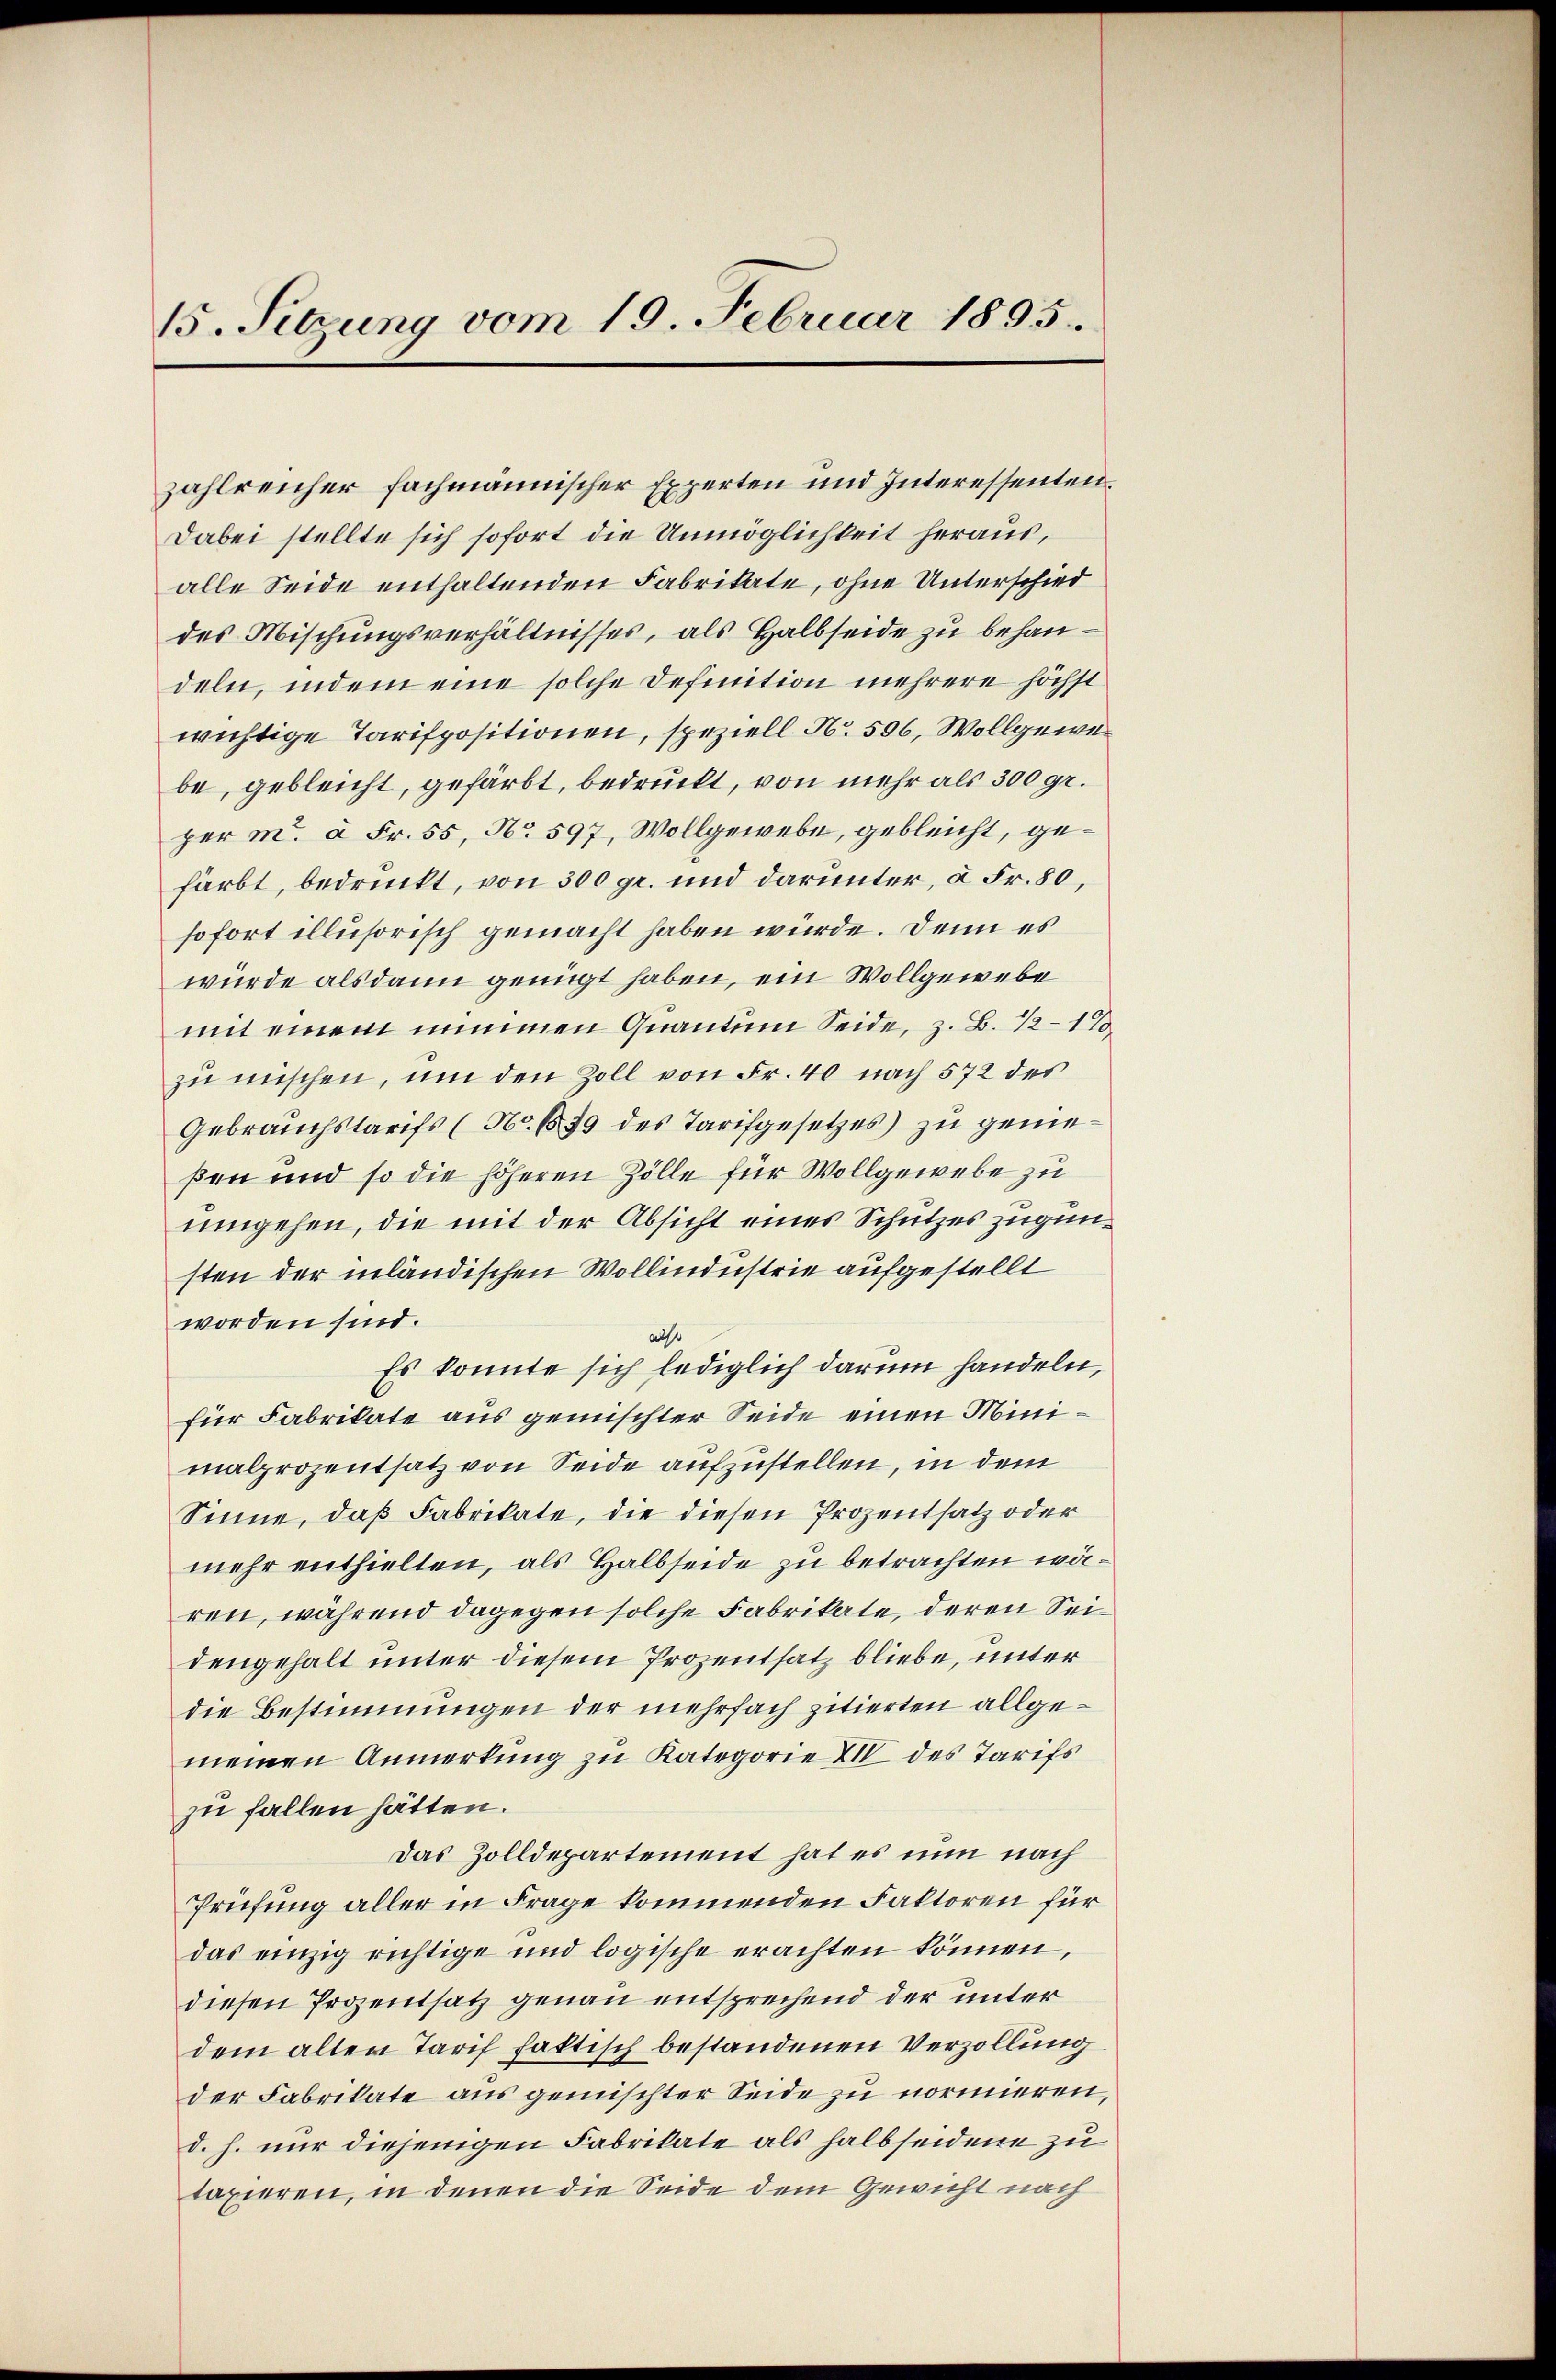
15. Sitzung vom 19. Februar 1895.

zahlreicher fachmännischer Experten und Interessenten.
Dabei stellte sich sofort die Unmöglichkeit heraus,
alle Seide enthaltenden Fabrikate, ohne Unterschied
des Mischungsverhältnisses, als Halbseide zu behandeln, indem eine solche Definition mehrere höchst
wichtige Tarispositionen, speziell. N. 506, Wollgewebe, gebleicht, gefärbt, bedruckt, von mehr als 300 gr.
per m. à Fr. 55, No 597, Wollgewebe, gebleicht, gefärbt, bedrückt, von 300 gr. und darunter, à Fr. 80,
sofort illusorisch gemacht haben würde. Denn es
würde als dann genügt haben, ein Wollgewebe
mit einem nimmen Quantum Seide, z. B. 12 - 18
zu mischen, um den Zoll von Fr. 40 nach 572 des
Gebrauchstarifs (No. 1839 des Tarifgesetzes) zu geneßen und so die höheren Zölle für Wollgewebe zu
umgehen, die mit der Absicht eines Schutzes zugunsten der inländischen Wollindustrie aufgestellt
worden sind.
aiso
Es konnte sich lediglich darum handeln,
für Fabrikate aus gemischter Seide einen Minimalprozentsatz von Seide aufzustellen, in dem
Sinne, daß Fabrikate, die diesen Prozentsatz oder
mehr enthielten, als Halbseide zu betrachten wären, während dagegen solche Fabrikate, deren Seidengehalt unter diesem Prozentsatz bliebe, unter
die Bestimmungen der mehrfach zitierten allgemeinen Anmerkung zu Kategorie XIV des Tarifs
zu fallen hätten.
Das Zolldepartement hat es nun nach
Prüfung aller in Frage kommenden Faktoren für
das einzig richtige und logische erachten können,
diesen Prozentsatz genau entsprechend der unter
dem alten Tarif faktisch bestandenen Verzollung
der Fabrikate aus gemischter Seide zu normieren,
d. h. nur diejenigen Fabrikate als halbseidene zu
taxieren, in denen die Seide dem Gewicht nach